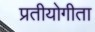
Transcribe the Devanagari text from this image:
प्रतीयोगीता